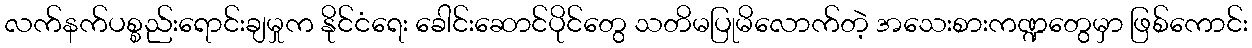
လက်နက်ပစ္စည်းရောင်းချမှုက နိုင်ငံရေး ခေါင်းဆောင်ပိုင်တွေ သတိမပြုမိလောက်တဲ့ အသေးစားကဏ္ဍတွေမှာ ဖြစ်ကောင်း